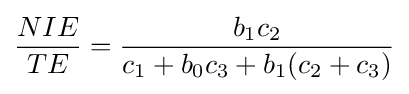
{\frac {NIE}{TE}}={\frac {b_{1}c_{2}}{c_{1}+b_{0}c_{3}+b_{1}(c_{2}+c_{3})}}